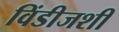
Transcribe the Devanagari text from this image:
विंडीजशी